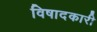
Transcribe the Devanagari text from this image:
विषादकारी